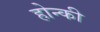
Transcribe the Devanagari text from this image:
होन्की